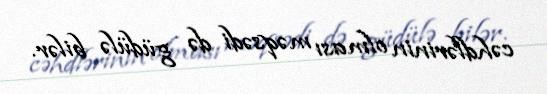
cəhdlərinin olması məqsədi də güdülə bilər.